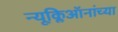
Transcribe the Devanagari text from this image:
न्यूक्लिऑनांच्या